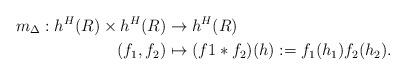
LaTeX: \begin{align*} m_{\Delta}: h^H(R)\times h^H(R)&\to h^H(R)\\ (f_1,f_2) &\mapsto (f1*f_2)(h):=f_1(h_1)f_2(h_2).\end{align*}